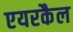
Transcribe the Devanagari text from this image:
एयरकैल